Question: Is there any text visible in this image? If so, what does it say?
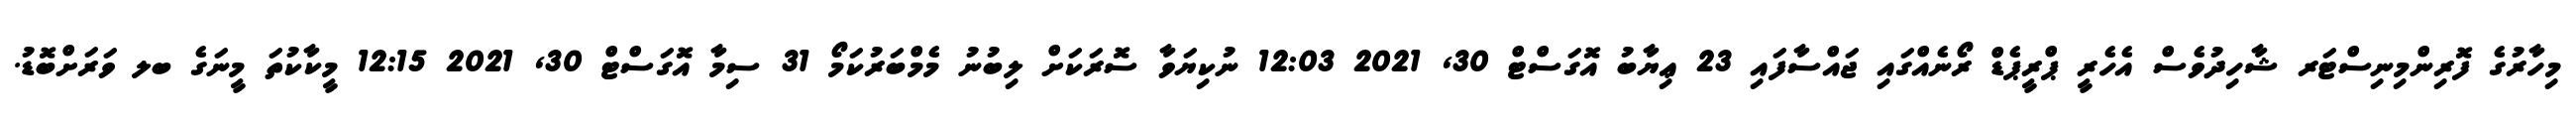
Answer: މިހާރުގެ ފޮރިންމިނިސްޓަރ ޝާހިދުވެސް އެހެރީ ޕްރީޕެޑް ރޯނެއްގައި ޖައްސާފައި 23 ޢިޔާބު އޮގަސްޓް 30, 2021 12:03 ނުކިޔަވާ ސޮރަކަށް ލިބުނު މެމްބަރުކަމޯ 31 ސިމާ އޮގަސްޓް 30, 2021 12:15 މީކާކުތަ މީނަގެ ބލ ވަރަށްބޮޑު.